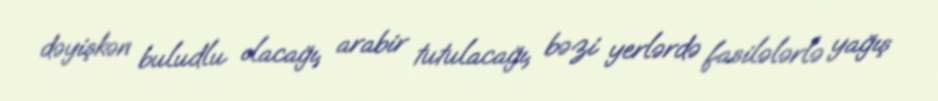
dəyişkən buludlu olacağı, arabir tutulacağı, bəzi yerlərdə fasilələrlə yağış